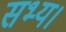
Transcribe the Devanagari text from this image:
सभ्य।